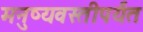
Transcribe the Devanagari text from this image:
मनुष्यवस्तीपर्यंत